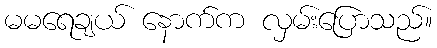
မမရေချယ် နောက်က လှမ်းပြောသည်။